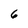
Character: 6